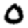
Digit: 0